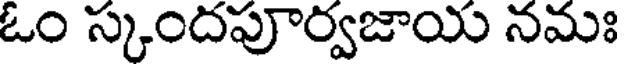
ఓం స్కందపూర్వజాయ నమః